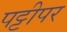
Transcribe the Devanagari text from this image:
पट्टीपर